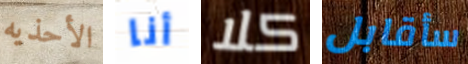
الأحذيه أنا كلا سأقابل